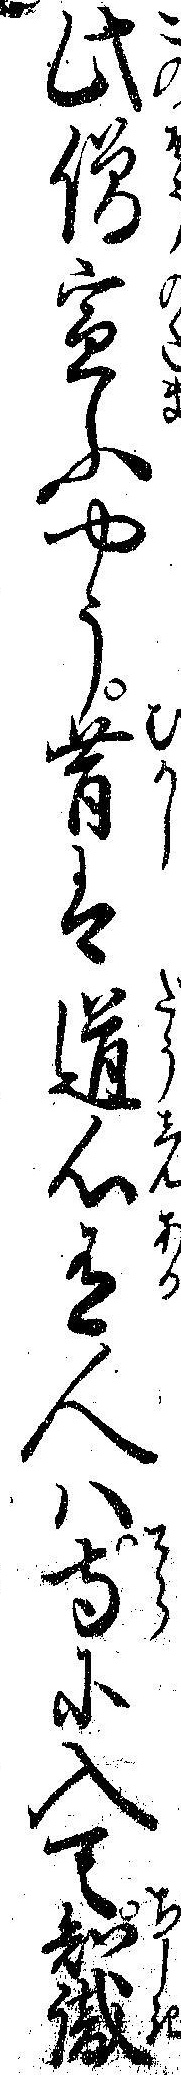
此僧宣ふやう昔は道心有人ハ寺に入て知識